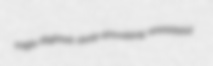
eagle-flighted sleep-provoking unmirthful